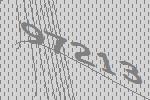
97213